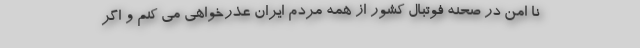
نا امن در صحنه فوتبال کشور از همه مردم ایران عذرخواهی می کنم و اگر